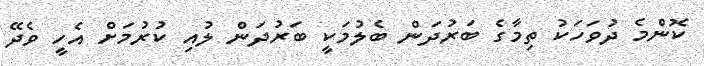
ކޮންމެ ދުވަހަކު ތިމާގެ ބަރުދަން ބެލުމަކީ ބަރުދަން ލުއި ކުރުމަށް އެހީ ވެދޭ